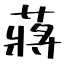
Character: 蔣